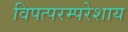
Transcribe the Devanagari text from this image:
विपत्परम्परेशाय